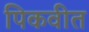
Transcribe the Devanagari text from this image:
पिकवीत